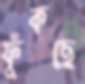
ফুঁকছে